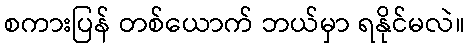
စကားပြန် တစ်ယောက် ဘယ်မှာ ရနိုင်မလဲ။